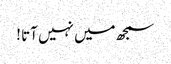
سمجھ میں نہیں آتا !